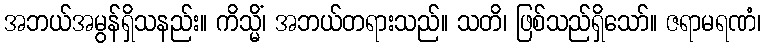
အဘယ်အမွန်ရှိသနည်း။ ကိသ္မိံ၊ အဘယ်တရားသည်။ သတိ၊ ဖြစ်သည်ရှိသော်။ ဇရာမရဏံ၊